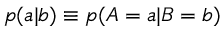
p ( a | b ) \equiv p ( A = a | B = b )